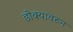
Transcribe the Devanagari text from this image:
डोक्यावरुन